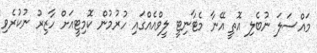
މައްސަލަ ނުބެލި އޮތީ އޭނާ މެޓާނިޓީ ލީވްއެއްގައި ހުރުމުން ކޮމިޓީއަށް ހާޒިރު ނުކުރެވި